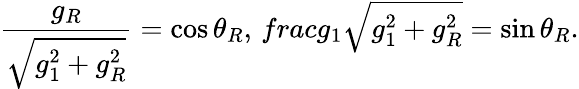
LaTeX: \frac{g_{R}}{\sqrt{g_{1}^{2}+g_{R}^{2}}}=\cos\theta_{R},\, frac{g_{1}}{\sqrt{g_{1}^{2}+g_{R}^{2}}}=\sin\theta_{R}.